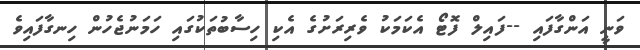
ވަނީ އަންގާފައި --ފައިލް ފޮޓޯ އެކަމަކު ވެރިރަށުގެ އެކި ހިސާބުތަކުގައި ހަމަނުޖެހުން ހިނގާފައިވެ